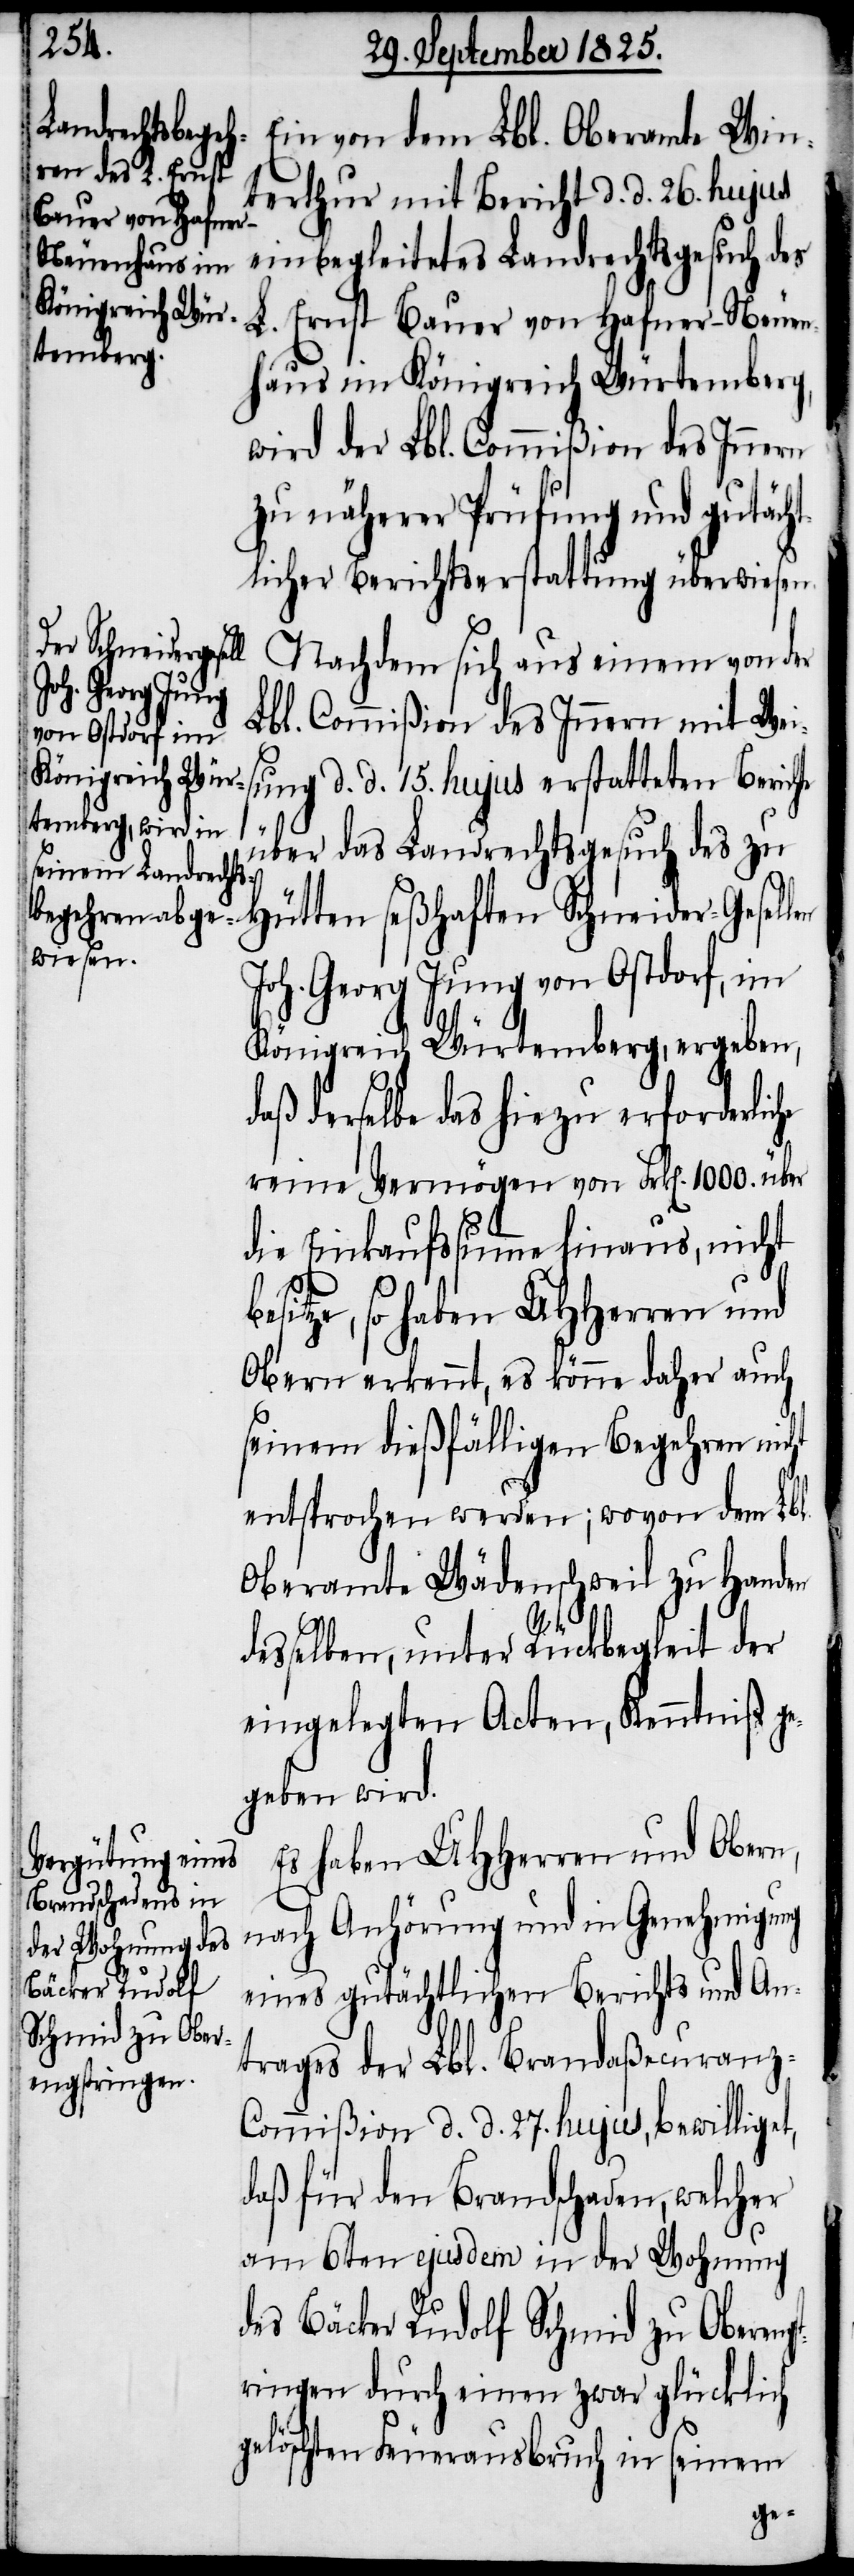
Ein von dem Lbl. Oberamte Win¬
terthur mit Bericht d. d. 26. hujus
einbegleitetes Landrechtsgesuch des
L. Ernst Bauer von Hafner-Neuen¬
haus im Königreich Würtemberg,
wird der Lbl. Commißion des Innern
zu näherer Prüfung und gutäch¬
tlicher Berichtserstattung überwiesen.
Nachdem sich aus einem von der
Lbl. Commißion des Innern mit Wei¬
sung d. d. 15. hujus erstatteten Berich¬
st¬
über das Landrechtsgesuch des zu
Hütten seßhaften Schneider-Gesell¬
Joh. Georg Jung von Ostdorf, im
Königreich Würtemberg, ergeben,
daß derselbe das hiezu erforderliche
reine Vermögen von Frk[en]. 1000. über
die Einkaufsumme hinaus, nicht
esitze, so haben UHHerren und
Obern erkennt, es könne daher auch
seinem dießfälligen Begehren nicht
entsprochen werden; wovon dem Lbl.
Oberamte Wädenschweil zu Handen
desselben, unter Rückbegleit der
eingelegten Acten, Kenntniß ge¬
geben wird.
Es haben UHHerren und Obern,
nach Anhörung und in Genehmigung
eines gutächtlichen Berichts und An¬
trages der Lbl. Brandaßecuranz-C¬
ommißion d. d. 27. hujus, bewilliget,
daß für den Brandschaden, welcher
am 6ten ejusdem in der Wohnung
des Bäcker Rudolf Schmid zu Obereng¬
ringen durch einen zwar glücklich
gelöschten Feuerausbruch in seinem